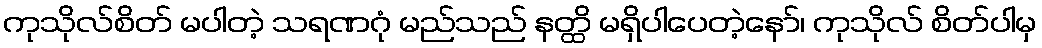
ကုသိုလ်စိတ် မပါတဲ့ သရဏဂုံ မည်သည် နတ္ထိ မရှိပါပေတဲ့နော်၊ ကုသိုလ် စိတ်ပါမှ